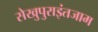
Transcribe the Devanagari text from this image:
सेखुपुराइंतजाम